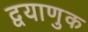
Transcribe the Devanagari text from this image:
द्वयाणुक